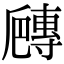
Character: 𡭍